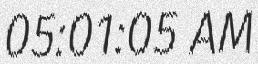
05:01:05 AM